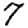
Digit: 7